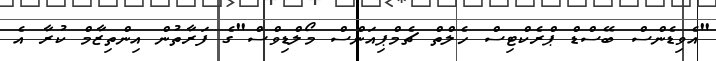
"އެވިޑެންސް ބޭސްޑް ޕްރެކްޓިސް ހެލްތް ޗެމްޕިއަންސް މޯލްޑިވްސް"ގެ ފަރާތުން އިންތިޒާމް ކުރާ އެ